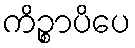
ကိဉ္စာပိပေ